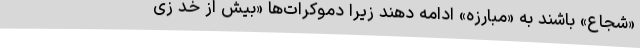
«شجاع» باشند به «مبارزه» ادامه دهند زیرا دموکرات‌ها «بیش از خد زی